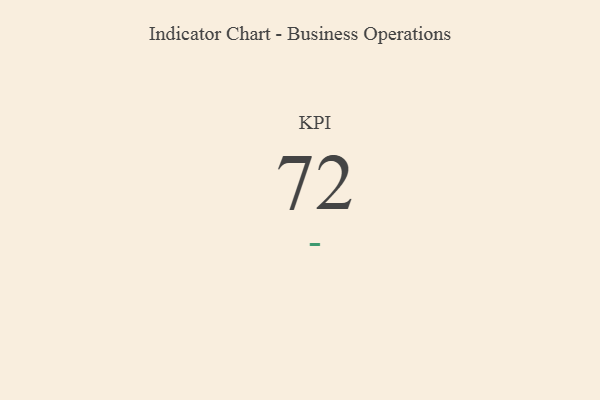
{"axis": {"x": "KPI", "y": "Value"}, "legend": [""], "data": [{"x": "KPI", "y": 72, "type": ""}]}